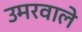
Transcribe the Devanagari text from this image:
उमरवाले